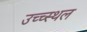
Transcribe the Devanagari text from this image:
उच्च्स्थल